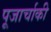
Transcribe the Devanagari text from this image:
पूजार्चाकी